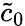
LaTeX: \tilde{c}_{0}